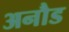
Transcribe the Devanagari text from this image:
अनौड